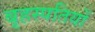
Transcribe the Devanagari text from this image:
बृहस्पतियों